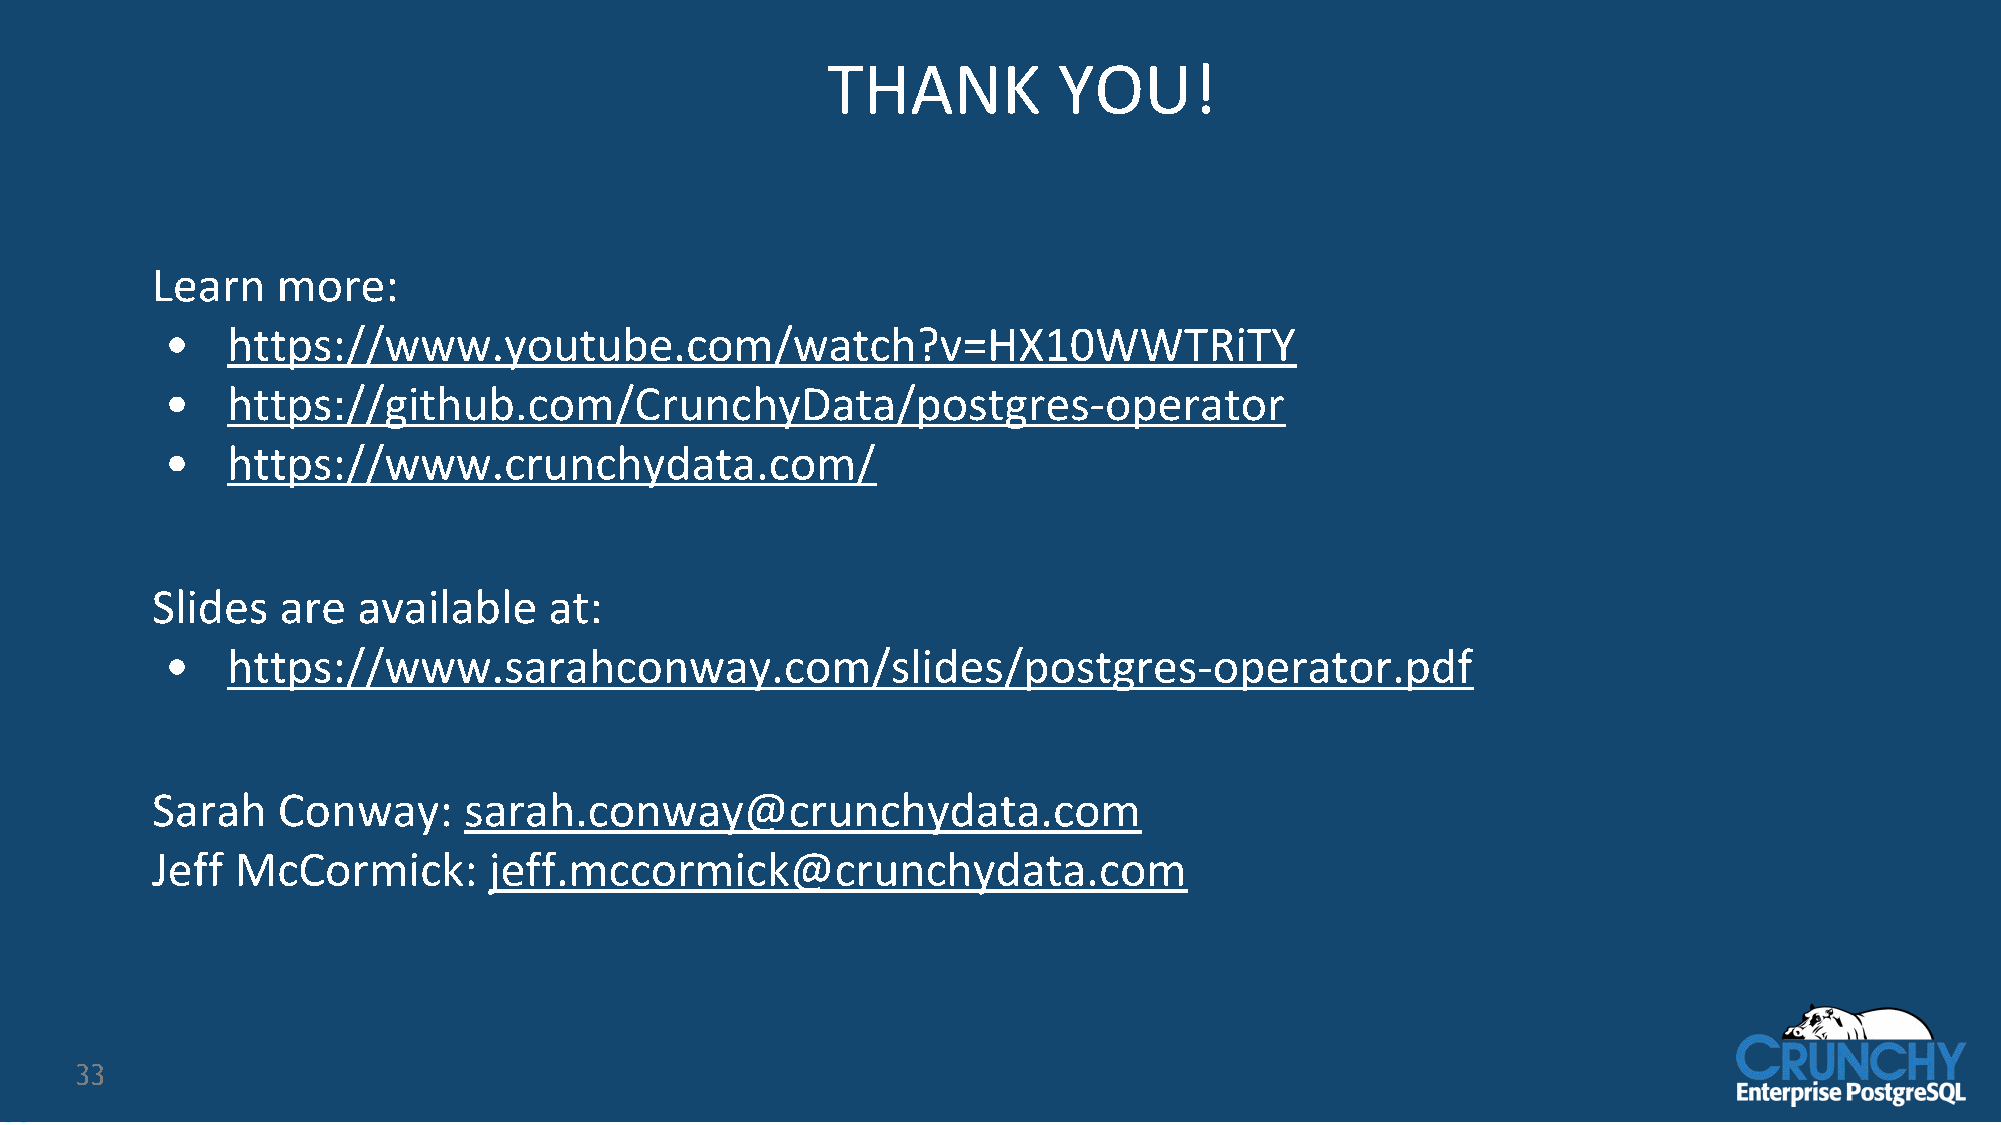
THANK          YOU!
 Learn   more:
 •   https://www.youtube.com/watch?v=HX10WWTRiTY
 •   https://github.com/CrunchyData/postgres-operator
 •   https://www.crunchydata.com/
 Slides   are  available   at:
 •   https://www.sarahconway.com/slides/postgres-operator.pdf
 Sarah   Conway:      sarah.conway@crunchydata.com
 Jeff  McCormick:      jeff.mccormick@crunchydata.com
 33